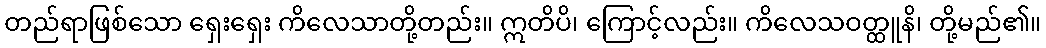
တည်ရာဖြစ်သော ရှေးရှေး ကိလေသာတို့တည်း။ ဣတိပိ၊ ကြောင့်လည်း။ ကိလေသဝတ္ထူနိ၊ တို့မည်၏။